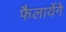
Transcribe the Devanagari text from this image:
फैलायेंगे